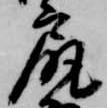
尻